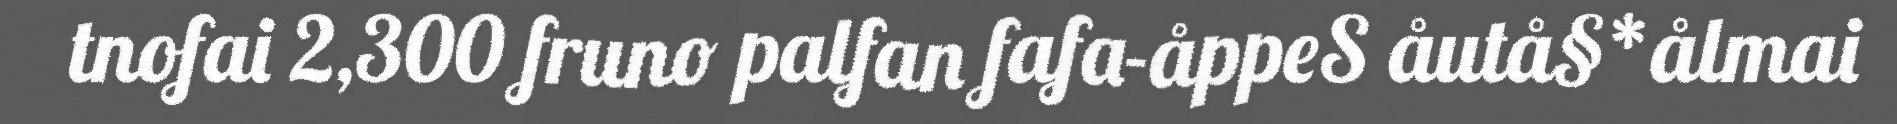
tnofai 2,300 fruno palfan fafa-åppeS åutå§*ålmai